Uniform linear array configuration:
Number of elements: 16
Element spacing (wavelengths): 0.25
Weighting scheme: binomial
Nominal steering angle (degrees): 30
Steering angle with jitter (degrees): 28.447
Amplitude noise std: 0.05
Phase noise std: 0.05

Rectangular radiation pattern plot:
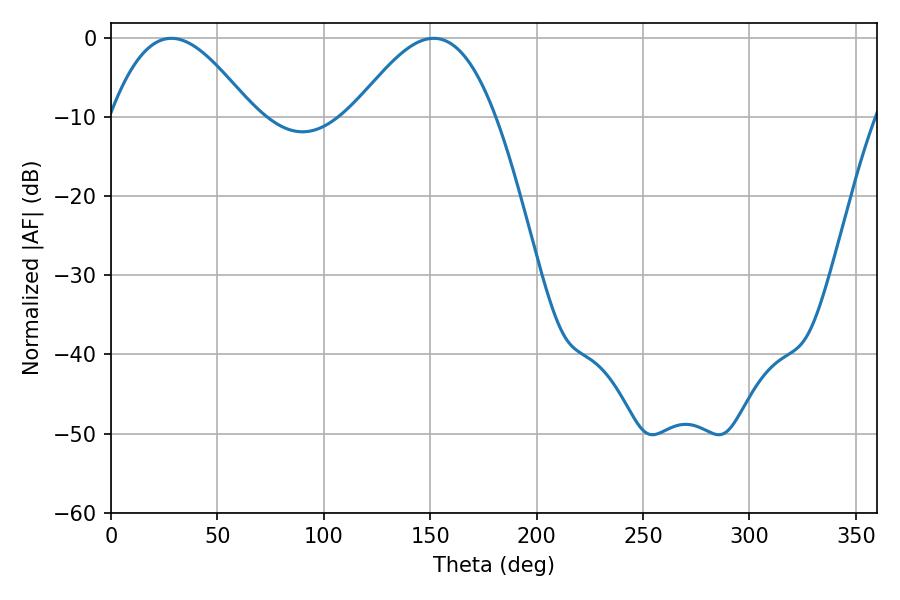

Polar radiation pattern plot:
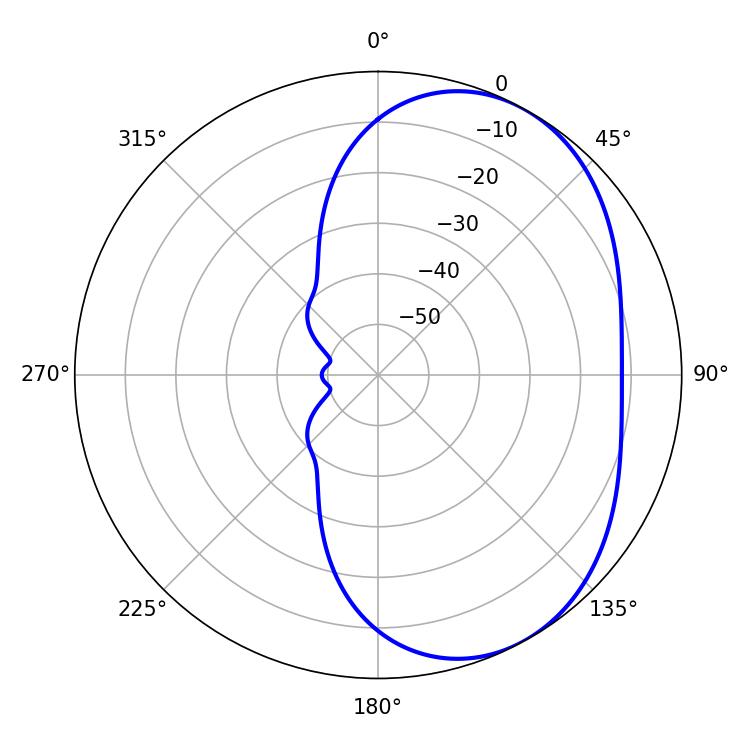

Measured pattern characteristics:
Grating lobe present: FALSE
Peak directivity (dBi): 4.343
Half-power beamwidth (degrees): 36.18
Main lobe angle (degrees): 28.44